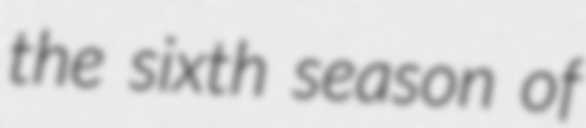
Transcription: the sixth season of